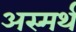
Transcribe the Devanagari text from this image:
अस्मर्थ